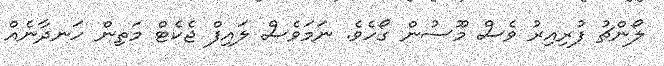
ލޯންޗު ފުރިއިރު ވެސް މޫސުން ގޯހެވެ. ނަމަވެސް ލައިފް ޖެކެޓް މަތިން ހަނދާނެއް